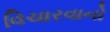
વિચારવાનો